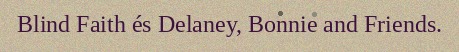
Blind Faith és Delaney, Bonnie and Friends.